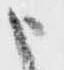
申